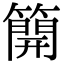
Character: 𥳐